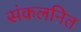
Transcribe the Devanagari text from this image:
संकलनित